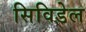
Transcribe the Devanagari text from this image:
सिविडेल